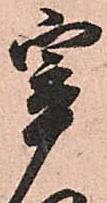
宰